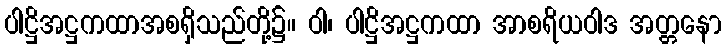
ပါဋ္ဌိအဋ္ဌကထာအစရှိသည်တို့၌။ ဝါ၊ ပါဋ္ဌိအဋ္ဌကထာ အာစရိယဝါဒ အတ္တနော